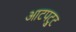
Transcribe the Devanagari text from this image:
आटपट्टु